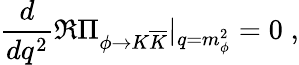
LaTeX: \frac{d}{dq^{2}}\Re\Pi_{\phi\to K\overline{{{K}}}}|_{q=m_{\phi}^{2}}=0\; ,